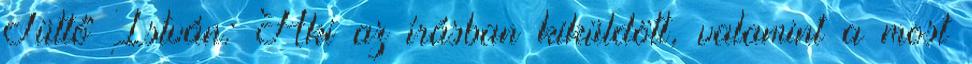
Tüttő István: Aki az írásban kiküldött, valamint a most